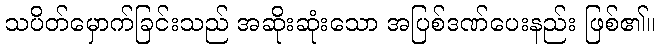
သပိတ်မှောက်ခြင်းသည် အဆိုးဆုံးသော အပြစ်ဒဏ်ပေးနည်း ဖြစ်၏။